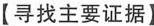
【寻找主要证据】